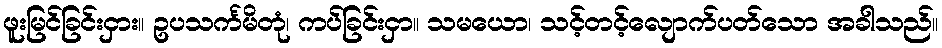
ဖူးမြင်ခြင်းငှား။ ဥပသင်္ကမိတုံ၊ ကပ်ခြင်းငှာ။ သမယော၊ သင့်တင့်လျောက်ပတ်သော အခါသည်။